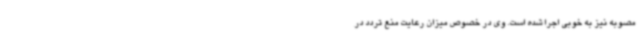
مصوبه نیز به خوبی اجرا شده است. وی در خصوص میزان رعایت منع تردد در